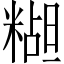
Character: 𬖭